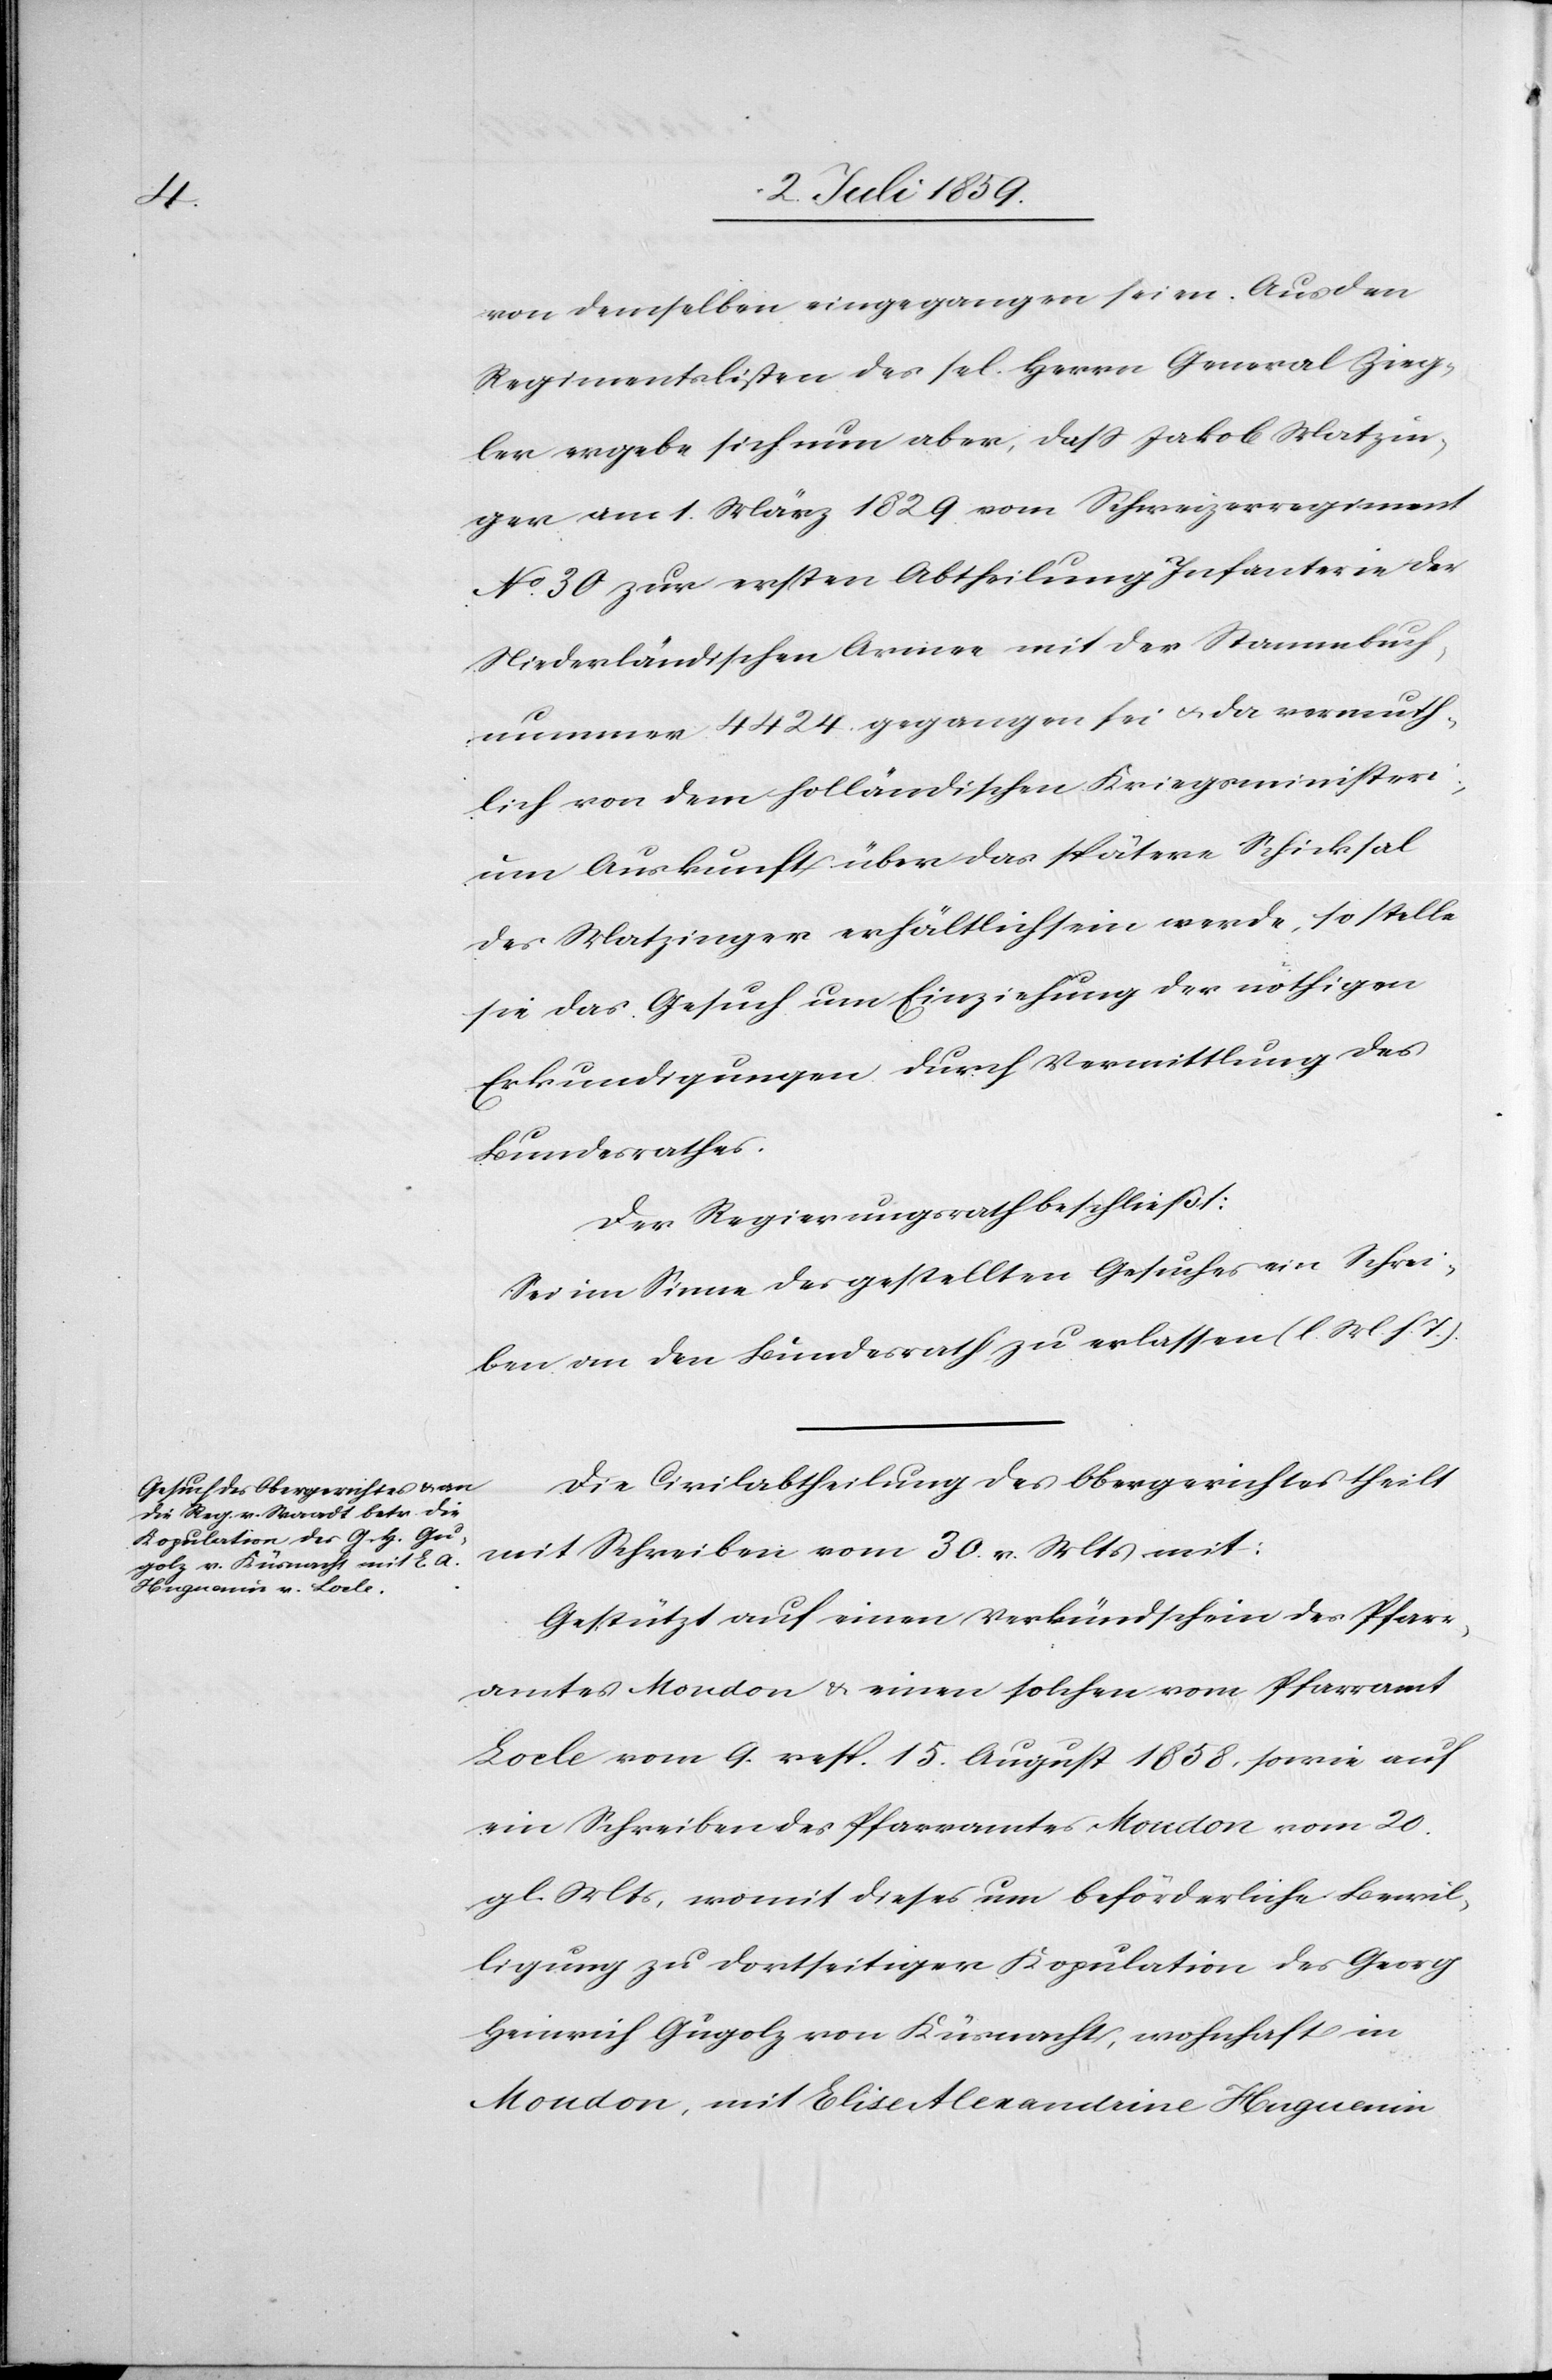
von demselben eingegangen seien. Aus den
Regimentslisten des sel. Herrn General Zing¬
ler ergebe sich nun aber, dass Jakob Matzin¬
ger am 1. März 1829 vom Schweizerregiment
No 30 zur ersten Abtheilung Infanterie der
Niederländischen Armee mit der Stammbuch¬
nummer 4424 gegangen sei u. da vermuth¬
lich von dem holländischen Kriegsministeri¬
um Auskunft über das spätere Schicksal
des Matzinger erhältlich sein werde, so stelle
sie das Gesuch um Einziehung der nöthigen
Erkundigungen durch Vermittlung des
Bundesrathes.
Der Regierungsrath beschließt:
Sei im Sinne des gestellten Gesuches ein Schrei¬
ben an den Bundesrath zu erlassen (l. M. h. T.)
Die Civilabtheilung des Obergerichtes theilt
mit Schreiben vom 30. v. Mts mit:
Gestützt auf einen Verkündschein des Pfarr¬
amtes Moudon u. einen solchen vom Pfarramt
Lode vom 9. resp. 15. August 1858, sowie auf
ein Schreiben des Pfarramtes Moudon vom 20.
gl. Mts, womit dieses um beförderliche Bewil¬
ligung zu dortseitiger Kopulation des Georg
Heinrich Gugolz von Küsnachts, wohnhaft in
Moudon, mit Elise Alexandrine Huguenin